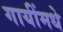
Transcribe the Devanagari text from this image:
गायींमधे